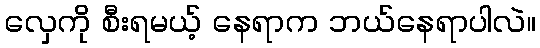
လှေကို စီးရမယ့် နေရာက ဘယ်နေရာပါလဲ။